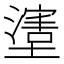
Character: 𱘈